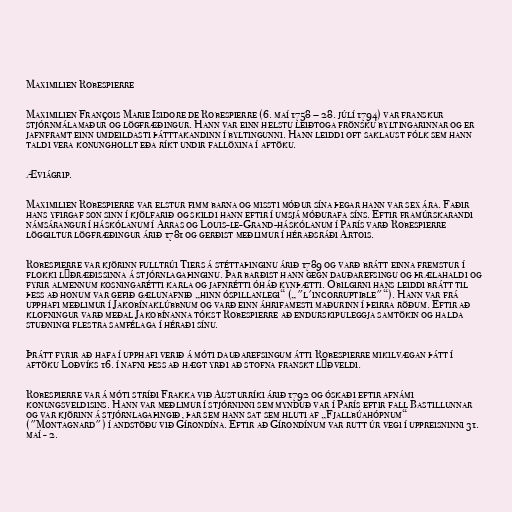
Maximilien Robespierre

Maximilien François Marie Isidore de Robespierre (6. maí 1758 – 28. júlí 1794) var franskur
stjórnmálamaður og lögfræðingur. Hann var einn helstu leiðtoga frönsku byltingarinnar og er
jafnframt einn umdeildasti þátttakandinn í byltingunni. Hann leiddi oft saklaust fólk sem hann
taldi vera konunghollt eða ríkt undir fallöxina í aftöku.

Æviágrip.

Maximilien Robespierre var elstur fimm barna og missti móður sína þegar hann var sex ára. Faðir
hans yfirgaf son sinn í kjölfarið og skildi hann eftir í umsjá móðurafa síns. Eftir framúrskarandi
námsárangur í háskólanum í Arras og Louis-le-Grand-háskólanum í París varð Robespierre
löggiltur lögfræðingur árið 1781 og gerðist meðlimur í héraðsráði Artois.

Robespierre var kjörinn fulltrúi Tiers á stéttaþinginu árið 1789 og varð brátt einna fremstur í
flokki lýðræðissinna á stjórnlagaþinginu. Þar barðist hann gegn dauðarefsingu og þrælahaldi og
fyrir almennum kosningarétti karla og jafnrétti óháð kynþætti. Óbilgirni hans leiddi brátt til
þess að honum var gefið gælunafnið „hinn óspillanlegi“ („"l'incorruptible"“). Hann var frá
upphafi meðlimur í Jakobínaklúbbnum og varð einn áhrifamesti maðurinn í þeirra röðum. Eftir að
klofningur varð meðal Jakobínanna tókst Robespierre að endurskipuleggja samtökin og halda
stuðningi flestra samfélaga í héraði sínu.

Þrátt fyrir að hafa í upphafi verið á móti dauðarefsingum átti Robespierre mikilvægan þátt í
aftöku Loðvíks 16. í nafni þess að hægt yrði að stofna franskt lýðveldi.

Robespierre var á móti stríði Frakka við Austurríki árið 1792 og óskaði eftir afnámi
konungsveldisins. Hann var meðlimur í stjórninni sem mynduð var í París eftir fall Bastillunnar
og var kjörinn á stjórnlagaþingið, þar sem hann sat sem hluti af „Fjallbúahópnum“
("Montagnard") í andstöðu við Gírondína. Eftir að Gírondínum var rutt úr vegi í uppreisninni 31.
maí - 2.